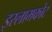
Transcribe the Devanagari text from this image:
इस्लामकोट